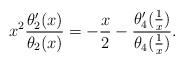
LaTeX: \begin{align*}x^2 \frac{\theta_2'(x)}{\theta_2(x)} = -\frac{x}{2} - \frac{\theta_4'(\tfrac{1}{x})}{\theta_4(\tfrac{1}{x})}.\end{align*}